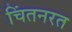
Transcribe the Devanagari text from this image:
चिंतनरत